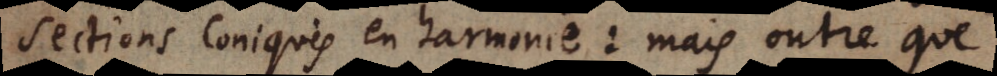
sections Coniques en harmonie: mais outre que